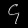
Digit: ၄